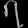
Digit: ၇